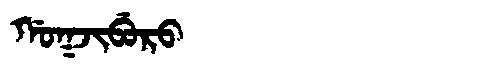
Manchu: ᡤᠣᡴᠵᡳᠪᡠᡵᠣ
Romanization: GOKJIBURO